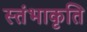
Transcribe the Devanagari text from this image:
स्तंभाकृति